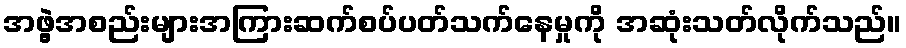
အဖွဲ့အစည်းများအကြားဆက်စပ်ပတ်သက်နေမှုကို အဆုံးသတ်လိုက်သည်။